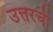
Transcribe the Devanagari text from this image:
उत्तरची